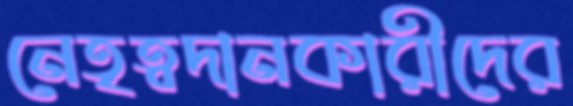
নেতৃত্বদানকারীদের